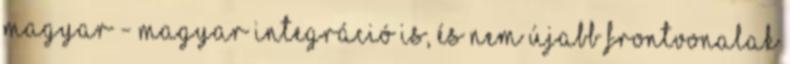
magyar - magyar integráció is, és nem újabb frontvonalak